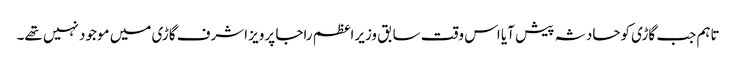
تاہم جب گاڑی کوحادثہ پیش آیا اس وقت سابق وزیراعظم راجا پرویز اشرف گاڑی میں موجود نہیں تھے۔